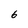
Character: 6